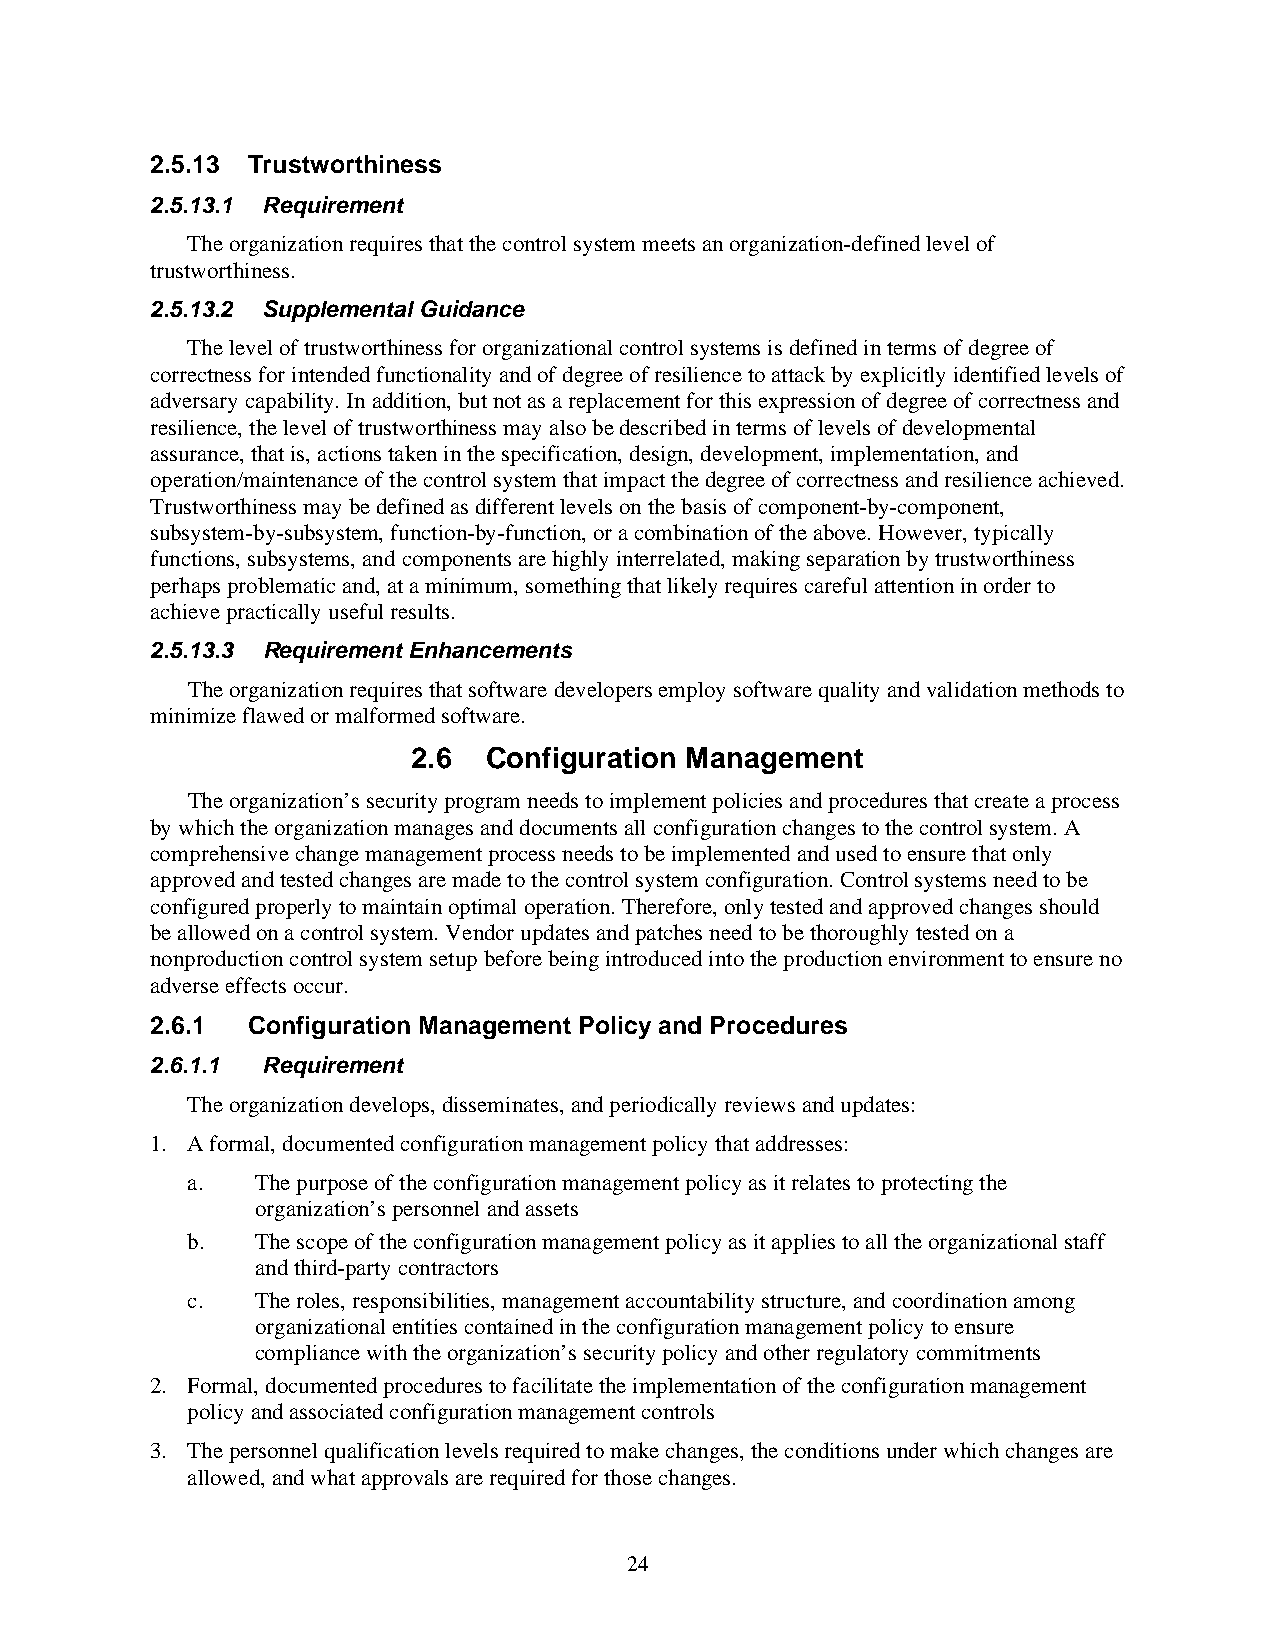
2.5.13 Trustworthiness
 2.5.13.1 Requirement
 The organization requires that the control system meets an organization-defined level of
 trustworthiness.
 2.5.13.2 Supplemental Guidance
 The level of trustworthiness for organizational control systems is defined in terms of degree of
 correctness for intended functionality and of degree of resilience to attack by explicitly identified levels of
 adversary capability. In addition, but not as a replacement for this expression of degree of correctness and
 resilience, the level of trustworthiness may also be described in terms of levels of developmental
 assurance, that is, actions taken in the specification, design, development, implementation, and
 operation/maintenance of the control system that impact the degree of correctness and resilience achieved.
 Trustworthiness may be defined as different levels on the basis of component-by-component,
 subsystem-by-subsystem, function-by-function, or a combination of the above. However, typically
 functions, subsystems, and components are highly interrelated, making separation by trustworthiness
 perhaps problematic and, at a minimum, something that likely requires careful attention in order to
 achieve practically useful results.
 2.5.13.3 Requirement Enhancements
 The organization requires that software developers employ software quality and validation methods to
 minimize flawed or malformed software.
 2.6  Configuration Management
 The organization’s security program needs to implement policies and procedures that create a process
 by which the organization manages and documents all configuration changes to the control system. A
 comprehensive change management process needs to be implemented and used to ensure that only
 approved and tested changes are made to the control system configuration. Control systems need to be
 configured properly to maintain optimal operation. Therefore, only tested and approved changes should
 be allowed on a control system. Vendor updates and patches need to be thoroughly tested on a
 nonproduction control system setup before being introduced into the production environment to ensure no
 adverse effects occur.
 2.6.1 Configuration Management Policy and Procedures
 2.6.1.1 Requirement
 The organization develops, disseminates, and periodically reviews and updates:
 1. A formal, documented configuration management policy that addresses:
 a.   The purpose of the configuration management policy as it relates to protecting the
 organization’s personnel and assets
 b.   The scope of the configuration management policy as it applies to all the organizational staff
 and third-party contractors
 c.   The roles, responsibilities, management accountability structure, and coordination among
 organizational entities contained in the configuration management policy to ensure
 compliance with the organization’s security policy and other regulatory commitments
 2. Formal, documented procedures to facilitate the implementation of the configuration management
 policy and associated configuration management controls
 3. The personnel qualification levels required to make changes, the conditions under which changes are
 allowed, and what approvals are required for those changes.
 24